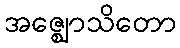
အဇ္ဈောသိတော